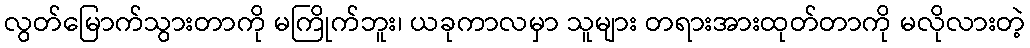
လွတ်မြောက်သွားတာကို မကြိုက်ဘူး၊ ယခုကာလမှာ သူများ တရားအားထုတ်တာကို မလိုလားတဲ့